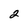
Character: 2